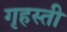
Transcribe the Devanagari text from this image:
गृहस्ती